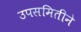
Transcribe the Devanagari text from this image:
उपसमितीने